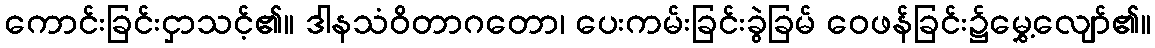
ကောင်းခြင်းငှာသင့်၏။ ဒါနသံဝိတာဂတော၊ ပေးကမ်းခြင်းခွဲခြမ် ဝေဖန်ခြင်း၌မွှေ့လျော်၏။